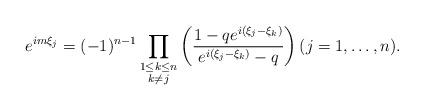
LaTeX: \begin{align*}e^{im\xi_j} =(-1)^{n-1}\prod_{\substack{ 1\leq k\leq n \\ k\neq j}} \left( \frac{1-q e^{i(\xi_j-\xi_k)}}{e^{i(\xi_j-\xi_k)}-q}\right) (j=1,\ldots ,n).\end{align*}